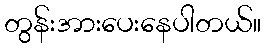
တွန်းအားပေးနေပါတယ်။